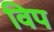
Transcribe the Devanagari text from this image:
विप